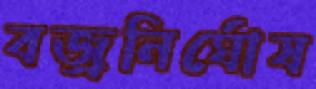
বজ্রনির্ঘোষ